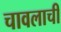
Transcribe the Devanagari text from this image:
चावलाची